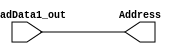
`timescale 1ns / 1ps
//////////////////////////////////////////////////////////////////////////////////
// Company: 
// Engineer: 
// 
// Design Name: 
// Module Name: jr
// Project Name: 
// Target Devices: 
// Tool Versions: 
// Description: 
// 
// Dependencies: 
// 
// Revision:
// Revision 0.01 - File Created
// Additional Comments:
// 
//////////////////////////////////////////////////////////////////////////////////


module jr(ReadData1_out,Address);
    input [31:0] ReadData1_out;
    output reg [31:0] Address;
    always@(ReadData1_out) begin
        Address<=ReadData1_out;
    end
endmodule